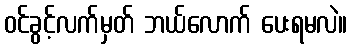
ဝင်ခွင့်လက်မှတ် ဘယ်လောက် ပေးရမလဲ။